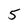
Character: 5